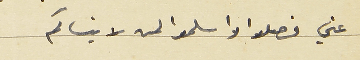
عني فصلوا واسلموا لمن لاينساكم